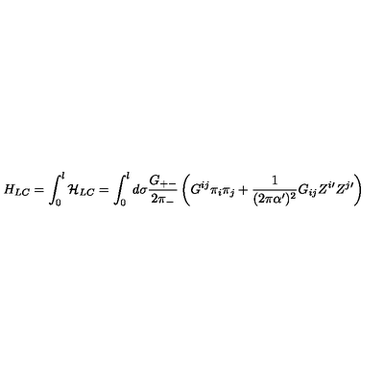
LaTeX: H _ { L C } = \int _ { 0 } ^ { l } \mathcal { H } _ { L C } = \int _ { 0 } ^ { l } d \sigma \frac { G _ { + - } } { 2 \pi _ { - } } \left( G ^ { i j } \pi _ { i } \pi _ { j } + \frac { 1 } { ( 2 \pi \alpha ^ { \prime } ) ^ { 2 } } G _ { i j } Z ^ { i \prime } Z ^ { j \prime } \right)